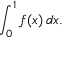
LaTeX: \int _ { 0 } ^ { 1 } f ( x ) \, d x .